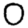
Digit: 0